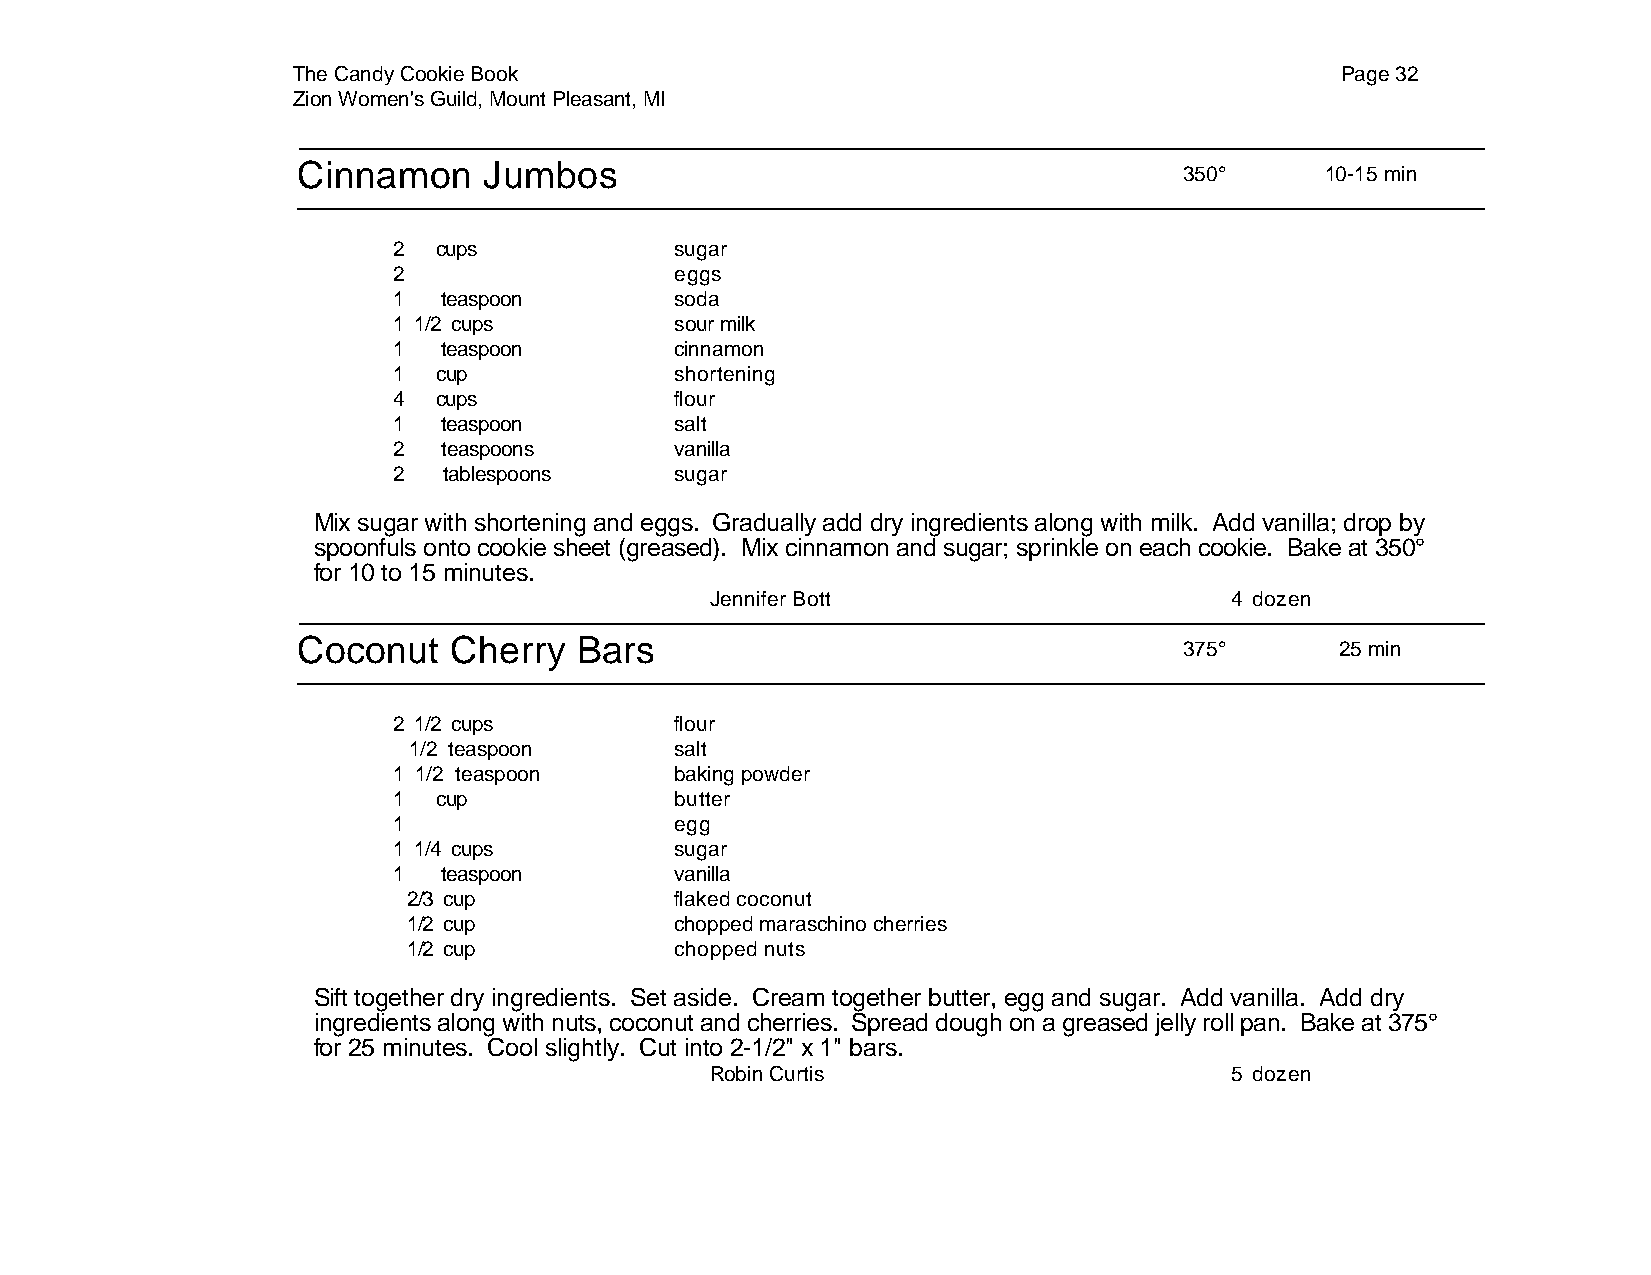
The Candy Cookie Book                                                 Page 32
 Zion Women's Guild, Mount Pleasant, MI
 Cinnamon    Jumbos
 350°      10-15 min
 2  cups            sugar
 2                  eggs
 1  teaspoon        soda
 1 1/2 cups         sour milk
 1  teaspoon        cinnamon
 1  cup             shortening
 4  cups            flour
 1  teaspoon        salt
 2  teaspoons       vanilla
 2  tablespoons     sugar
 Mix sugar with shortening and eggs. Gradually add dry ingredients along with milk. Add vanilla; drop by
 spoonfuls onto cookie sheet (greased). Mix cinnamon and sugar; sprinkle on each cookie. Bake at 350°
 for 10 to 15 minutes.
 Jennifer Bott                     4 dozen
 Coconut   Cherry  Bars
 375°       25 min
 2 1/2 cups         flour
 1/2 teaspoon      salt
 1 1/2 teaspoon     baking powder
 1  cup             butter
 1                  egg
 1 1/4 cups         sugar
 1  teaspoon        vanilla
 2/3 cup           flaked coconut
 1/2 cup           chopped maraschino cherries
 1/2 cup           chopped nuts
 Sift together dry ingredients. Set aside. Cream together butter, egg and sugar. Add vanilla. Add dry
 ingredients along with nuts, coconut and cherries. Spread dough on a greased jelly roll pan. Bake at 375°
 for 25 minutes. Cool slightly. Cut into 2-1/2" x 1" bars.
 Robin Curtis                      5 dozen